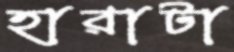
হারাটা